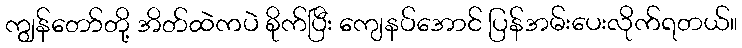
ကျွန်တော်တို့ အိတ်ထဲကပဲ စိုက်ပြီး ကျေနပ်အောင် ပြန်အမ်းပေးလိုက်ရတယ်။